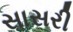
સાસરી